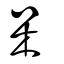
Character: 呆